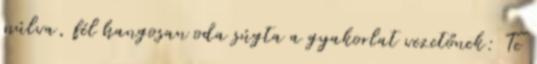
múlva, fél hangosan oda súgta a gyakorlat vezetőnek: Te